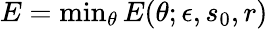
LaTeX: \begin{array}{r}{E=\operatorname*{min}_{\theta}E(\theta;\epsilon,s_{0},r)}\end{array}